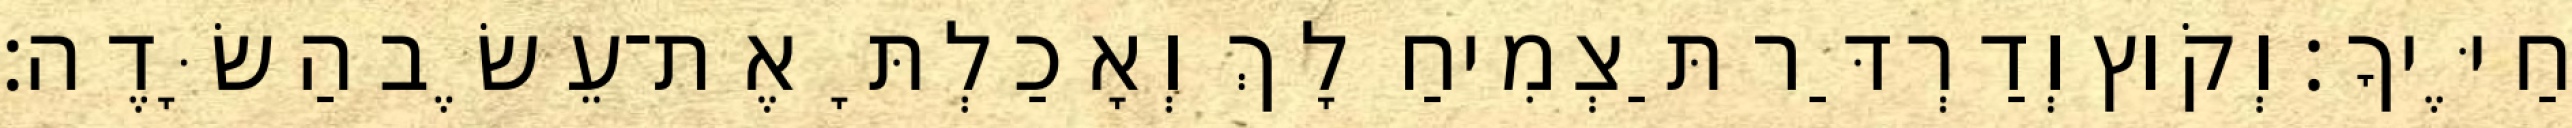
חַיֶּיךָ׃ וְקֹוץ וְדַרְדַּר תַּצְמִיחַ לָךְ וְאָכַלְתָּ אֶת־עֵשֶׂב הַשָּׂדֶה׃